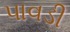
પાવડી